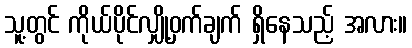
သူ့တွင် ကိုယ်ပိုင်လျှို့ဝှက်ချက် ရှိနေသည့် အလား။